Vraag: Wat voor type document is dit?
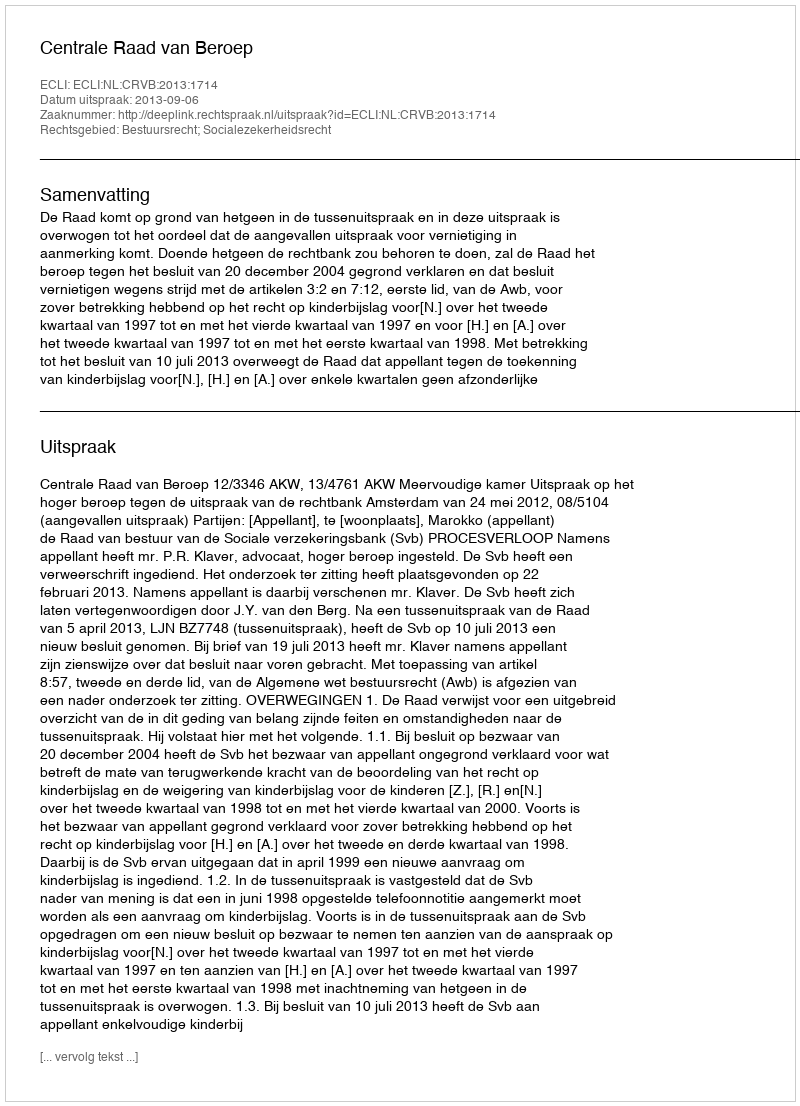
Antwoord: Uitspraak